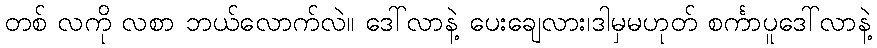
တစ် လကို လစာ ဘယ်လောက်လဲ။ ဒေါ်လာနဲ့ ပေးချေလား၊ဒါမှမဟုတ် စင်္ကာပူဒေါ်လာနဲ့